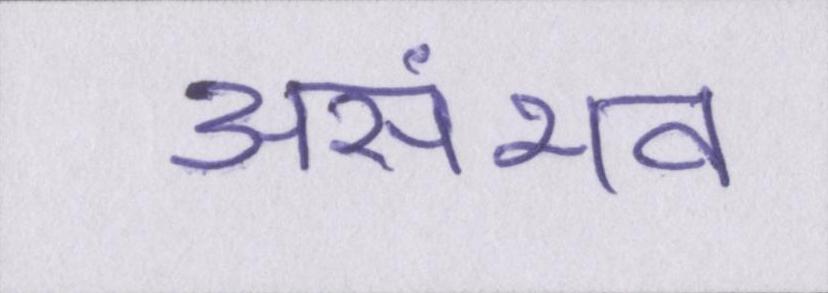
असंभव